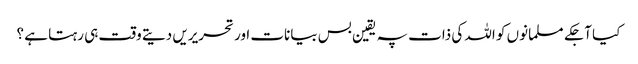
کیا آجکے مسلمانوں کو اللہ کی ذات پہ یقین بس بیانات اور تحریریں دیتے وقت ہی رہتا ہے ؟